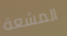
المشعة